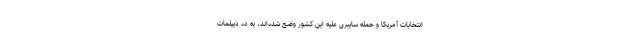
انتخابات آمریکا و حمله سایبری علیه این کشور وضع شده‌اند، به ده دیپلمات